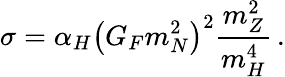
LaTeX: \sigma=\alpha_{H}\left(G_{F}m_{N}^{2}\right)^{2}{\frac{m_{Z}^{2}}{m_{H}^{4}}}\, .